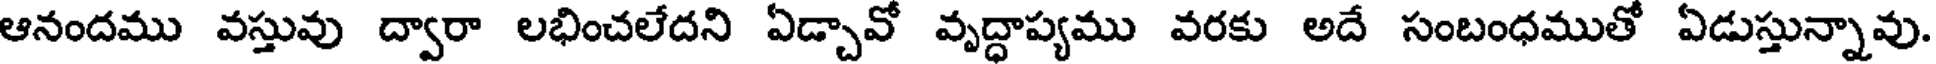
ఆనందము వస్తువు ద్వారా లభించలేదని ఏడ్చావో వృద్ధాప్యము వరకు అదే సంబంధముతో ఏడుస్తున్నావు.